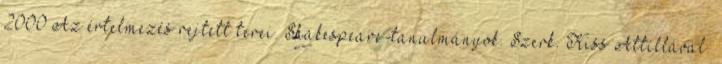
2000 Az értelmezés rejtett terei. Shakespeare-tanulmányok. Szerk. Kiss Attillával.